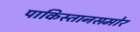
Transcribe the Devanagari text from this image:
पाकिस्तानसमोर